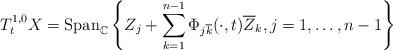
LaTeX: \begin{align*}T_t^{1, 0}X={\rm Span}_{\mathbb C}\left\{Z_j+\sum_{k=1}^{n-1}\Phi_{j\overline k}(\cdot, t)\overline Z_k, j=1, \ldots, n-1\right\}\end{align*}